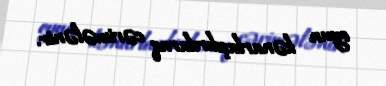
oyun kənarlaşdırılaraq cərimələnir.